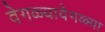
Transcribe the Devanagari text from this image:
वेगळ्यावेगळ्या